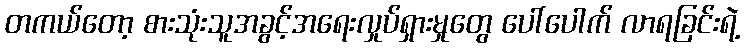
တကယ်တော့ စားသုံးသူအခွင့်အရေးလှုပ်ရှားမှုတွေ ပေါ်ပေါက် လာရခြင်းရဲ့